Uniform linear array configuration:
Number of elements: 8
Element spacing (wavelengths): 0.25
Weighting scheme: binomial
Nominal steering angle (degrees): -30
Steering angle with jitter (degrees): -31.872
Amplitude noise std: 0.05
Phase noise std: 0.05

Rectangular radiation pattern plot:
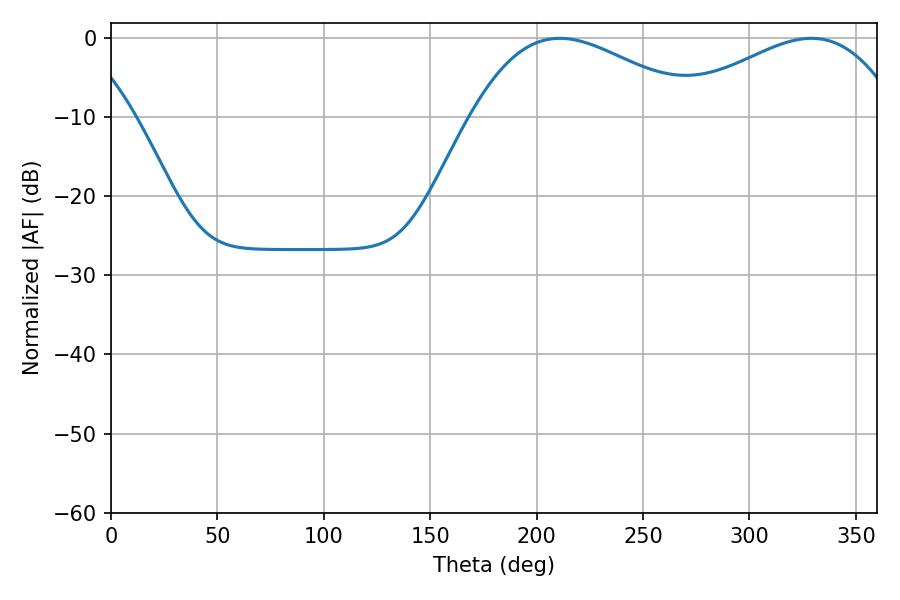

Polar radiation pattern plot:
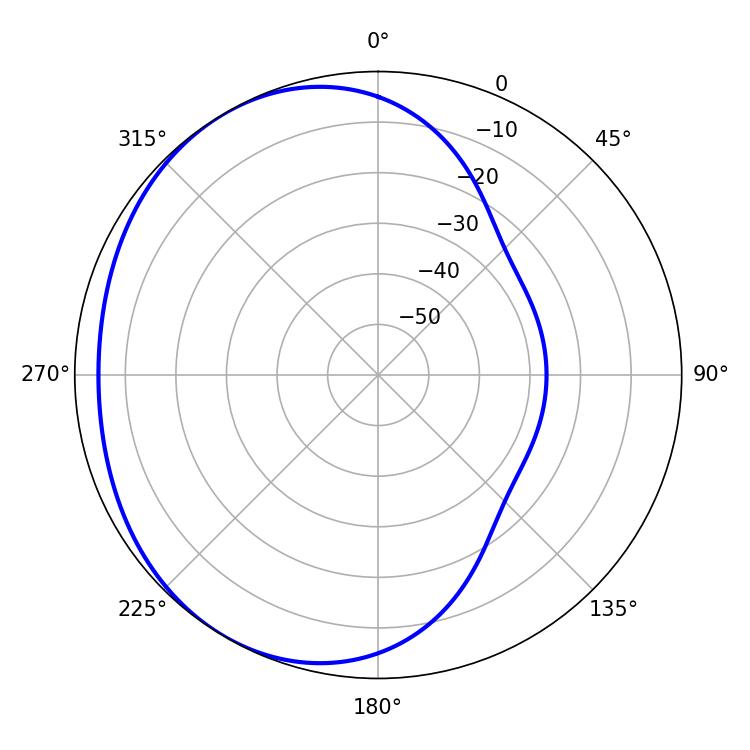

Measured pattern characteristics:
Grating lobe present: FALSE
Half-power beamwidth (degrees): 58.14
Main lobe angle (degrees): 210.78